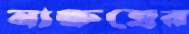
নাক্ষত্রের